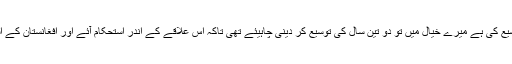
انھوں (صدر اوباما) نے ایک سال کی اور توسیع کی ہے میرے خیال میں تو دو تین سال کی توسیع کر دینی چاہیئے تھی تاکہ اس علاقے کے اندر استحکام آئے اور افغانستان کے استحکام سے پاکستان کو بھی یقینناً فائدہ ہو گا۔